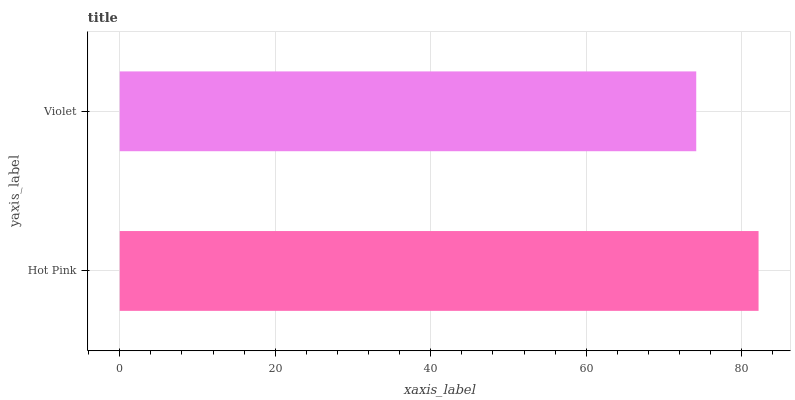
| yaxis_label | bars |
 | --- | --- |
 | Hot Pink | 82.2 |
 | Violet | 74.1 |